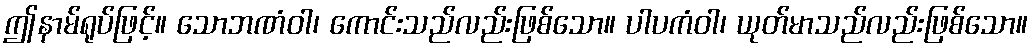
ဤနာမ်ရုပ်ဖြင့်။ သောဘဏံဝါ၊ ကောင်းသည်လည်းဖြစ်သော။ ပါပကံဝါ၊ ယုတ်မာသည်လည်းဖြစ်သော။